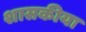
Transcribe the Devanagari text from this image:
शासकीया